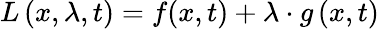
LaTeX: L\left(x,\lambda,t\right)=f(x,t)+\lambda\cdot g\left(x,t\right)